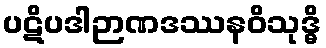
ပဋိပဒါဉာဏဒဿနဝိသုဒ္ဓိ